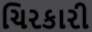
ચિરકારી